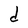
Character: d